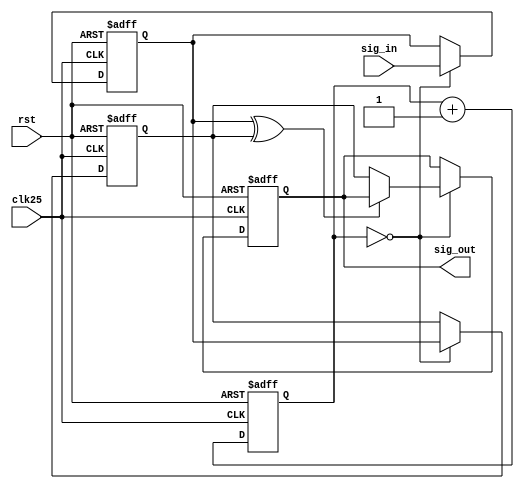
// Licensed to the Apache Software Foundation (ASF) under one
// or more contributor license agreements.  See the NOTICE file
// distributed with this work for additional information
// regarding copyright ownership.  The ASF licenses this file
// to you under the Apache License, Version 2.0 (the
// "License"); you may not use this file except in compliance
// with the License.  You may obtain a copy of the License at
//
//   http://www.apache.org/licenses/LICENSE-2.0
//
// Unless required by applicable law or agreed to in writing,
// software distributed under the License is distributed on an
// "AS IS" BASIS, WITHOUT WARRANTIES OR CONDITIONS OF ANY
// KIND, either express or implied.  See the License for the
// specific language governing permissions and limitations
// under the License.
//
// Description: PS/2 keyboard debounce logic to be used for the 
//              clock line
//
// Author.....: Niels A. Moseley
// Date.......: 8-2-2018
//

module debounce(
    input       clk25,      // 25MHz clock
    input       rst,        // active high reset
    
    input       sig_in,     // input signal
    output reg  sig_out     // debounced output signal
);

wire clk_enb;       // enable triggering at clk25 divided by 64
reg [5:0] clk_div;  // clock divider counter

reg sig_ff1;        // first  input signal synchronizer
reg sig_ff2;        // second input signal synchronizer

assign clk_enb = (clk_div == 6'd0);

// clock divider
always @(posedge clk25 or posedge rst)
begin
    if (rst)
        clk_div <= 6'd0;
    else
        clk_div <= clk_div + 6'd1;
end

// debounce timer
always @(posedge clk25 or posedge rst)
begin
    if (rst)
    begin
        sig_out <= 1'b0;
        sig_ff1 <= 1'b0;
        sig_ff2 <= 1'b0;
    end
    else if (clk_enb)
    begin
        // this runs ar approximately 391k Hz
        // giving a debounce time of around 2.5us
        sig_ff1 <= sig_in;
        sig_ff2 <= sig_ff1;
        if ((sig_ff1 ^ sig_ff2) == 1'd0)
        begin
            sig_out <= sig_ff2;
        end
    end
end

endmodule